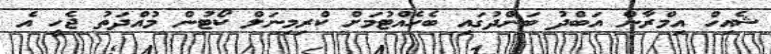
ޝެއިހް އިމްރާން އަބްދު ބަންދުގައި ބެހެއްޓުމަށް ކްރިމިނަލް ކޯޓުން މުއްދަތު ޖެހީ އެ